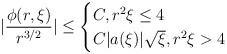
LaTeX: \begin{align*} |\frac{\phi(r,\xi)}{r^{3/2}}| \leq \begin{cases} C, r^{2} \xi \leq 4\\C |a(\xi)| \sqrt{\xi}, r^{2} \xi >4\end{cases}\end{align*}